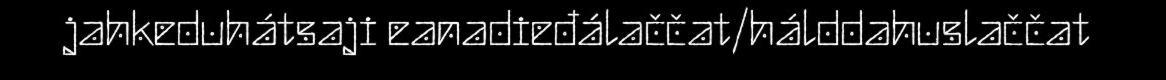
jahkeduhátsaji eanadieđálaččat/hálddahuslaččat